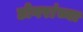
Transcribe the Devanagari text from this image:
डोगरांच्या